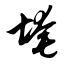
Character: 埯